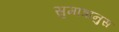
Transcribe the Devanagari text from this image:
सुमात्रानुस